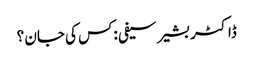
ڈاکٹر بشیر سیفی :کس کی جان ؟